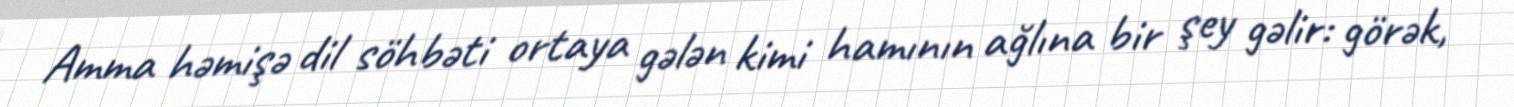
Amma həmişə dil söhbəti ortaya gələn kimi hamının ağlına bir şey gəlir: görək,